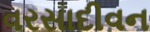
વરસાદીવન